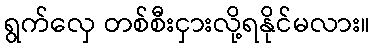
ရွက်လှေ တစ်စီးငှားလို့ရနိုင်မလား။